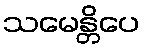
သမေန္တိပေ